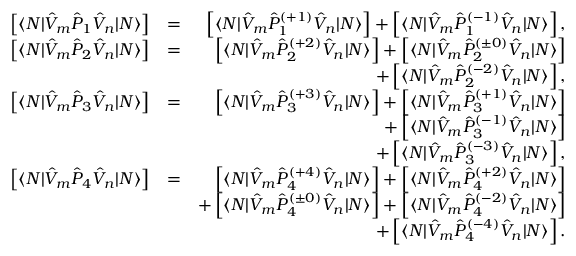
\begin{array} { r l r } { \left[ \langle N | \hat { V } _ { m } \hat { P } _ { 1 } \hat { V } _ { n } | N \rangle \right] } & { = } & { \left[ \langle N | \hat { V } _ { m } \hat { P } _ { 1 } ^ { ( + 1 ) } \hat { V } _ { n } | N \rangle \right] + \left[ \langle N | \hat { V } _ { m } \hat { P } _ { 1 } ^ { ( - 1 ) } \hat { V } _ { n } | N \rangle \right] , } \\ { \left[ \langle N | \hat { V } _ { m } \hat { P } _ { 2 } \hat { V } _ { n } | N \rangle \right] } & { = } & { \left[ \langle N | \hat { V } _ { m } \hat { P } _ { 2 } ^ { ( + 2 ) } \hat { V } _ { n } | N \rangle \right] + \left[ \langle N | \hat { V } _ { m } \hat { P } _ { 2 } ^ { ( \pm 0 ) } \hat { V } _ { n } | N \rangle \right] } \\ & { } & { + \left[ \langle N | \hat { V } _ { m } \hat { P } _ { 2 } ^ { ( - 2 ) } \hat { V } _ { n } | N \rangle \right] , } \\ { \left[ \langle N | \hat { V } _ { m } \hat { P } _ { 3 } \hat { V } _ { n } | N \rangle \right] } & { = } & { \left[ \langle N | \hat { V } _ { m } \hat { P } _ { 3 } ^ { ( + 3 ) } \hat { V } _ { n } | N \rangle \right] + \left[ \langle N | \hat { V } _ { m } \hat { P } _ { 3 } ^ { ( + 1 ) } \hat { V } _ { n } | N \rangle \right] } \\ & { } & { + \left[ \langle N | \hat { V } _ { m } \hat { P } _ { 3 } ^ { ( - 1 ) } \hat { V } _ { n } | N \rangle \right] } \\ & { } & { + \left[ \langle N | \hat { V } _ { m } \hat { P } _ { 3 } ^ { ( - 3 ) } \hat { V } _ { n } | N \rangle \right] , } \\ { \left[ \langle N | \hat { V } _ { m } \hat { P } _ { 4 } \hat { V } _ { n } | N \rangle \right] } & { = } & { \left[ \langle N | \hat { V } _ { m } \hat { P } _ { 4 } ^ { ( + 4 ) } \hat { V } _ { n } | N \rangle \right] + \left[ \langle N | \hat { V } _ { m } \hat { P } _ { 4 } ^ { ( + 2 ) } \hat { V } _ { n } | N \rangle \right] } \\ & { } & { + \left[ \langle N | \hat { V } _ { m } \hat { P } _ { 4 } ^ { ( \pm 0 ) } \hat { V } _ { n } | N \rangle \right] + \left[ \langle N | \hat { V } _ { m } \hat { P } _ { 4 } ^ { ( - 2 ) } \hat { V } _ { n } | N \rangle \right] } \\ & { } & { + \left[ \langle N | \hat { V } _ { m } \hat { P } _ { 4 } ^ { ( - 4 ) } \hat { V } _ { n } | N \rangle \right] . } \end{array}